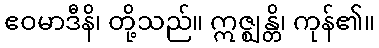
ဧဝမာဒီနိ၊ တို့သည်။ ဣဇ္ဈန္တိ၊ ကုန်၏။